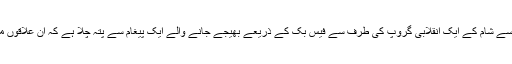
درعا اور اس کے آس پاس کے علاقوں سے شام کے ایک انقلابی گروپ کی طرف سے فیس بُک کے ذریعے بھیجے جانے والے ایک پیغام سے پتہ چلا ہے کہ ان علاقوں میں پانی اور بجلی کی سپلائی منقطع ہے۔